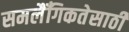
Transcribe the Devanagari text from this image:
समलैँगिकतेसाठी